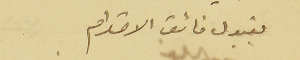
بقبول فائق الاحترام